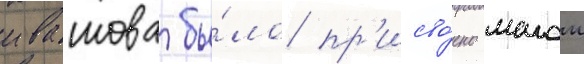
ивашова бы́ло пр'исво́ено малои